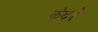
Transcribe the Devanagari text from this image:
कंदरे